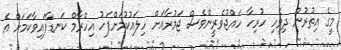
މީގެ އިތުރުން ދިވެހި ހުރިހާ ހައްޖުވެރީންވެސް ޖަމުރާއަށް ހިލައުކުމަށްފަހު އިހްރާމް ކަނޑާފައިވާކަމަށް އެ